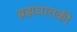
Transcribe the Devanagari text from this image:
ब्रह्मघातकी